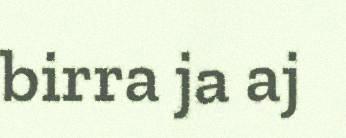
birra ja aj